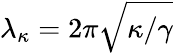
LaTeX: {\lambda_{\kappa}}=2\pi\sqrt{\kappa/\gamma}